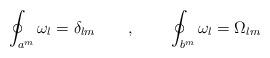
LaTeX: \begin{align*}\oint_{a^m}\omega_l=\delta_{lm}~~~~~~,~~~~~~\oint_{b^m}\omega_l=\Omega_{lm}\end{align*}